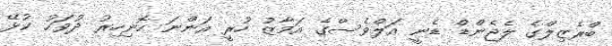
ބްރެޒިލްގެ ލެޖެންޑް ޑެނީ އަލްވެސްގެ އަމާޒު ހުރީ އަންނަ ހޮނިހިރު ދުވަހު ކުޅޭ